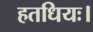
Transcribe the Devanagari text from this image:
हतधियः।